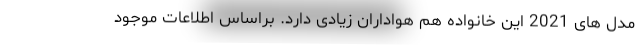
مدل های 2021 این خانواده هم هواداران زیادی دارد. براساس اطلاعات موجود